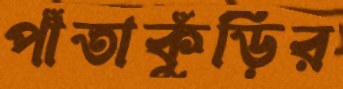
পাঁতাকুঁড়ির